Source: Handwritten
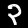
Digit: ၃ (3)